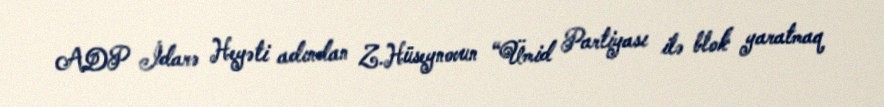
ADP İdarə Heyəti adından Z.Hüseynovun “Ümid Partiyası ilə blok yaratmaq